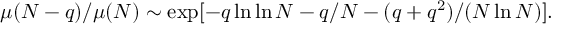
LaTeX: \mu ( N - q ) / \mu ( N ) \sim \exp [ - q \ln \ln N - q / N - ( q + q ^ { 2 } ) / ( N \ln N ) ] .